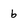
Character: b